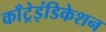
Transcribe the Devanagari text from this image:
काँट्रेइंडिकेशन